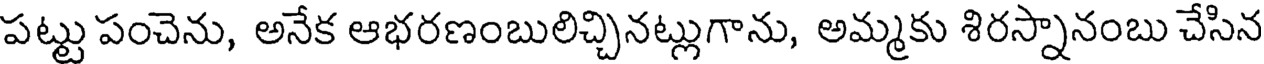
పట్టు పంచెను, అనేక ఆభరణంబులిచ్చినట్లుగాను, అమ్మకు శిరస్నానంబు చేసిన